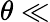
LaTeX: \theta\ll